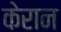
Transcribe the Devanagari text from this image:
केरान